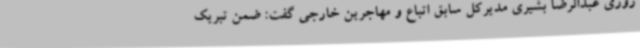
روزی عبدالرضا بشیری مدیرکل سابق اتباع و مهاجرین خارجی گفت: ضمن تبریک